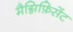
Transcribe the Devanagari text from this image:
मैग्निफ़िसेंट